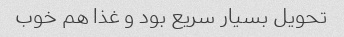
تحویل بسیار سریع بود و غذا هم خوب